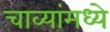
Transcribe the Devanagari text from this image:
चाव्यांमध्ये